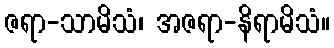
ဇရာ-သာမိသံ၊ အဇရာ-နိရာမိသံ။